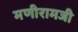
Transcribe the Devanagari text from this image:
मणीरामजी